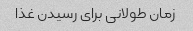
زمان طولانی برای رسیدن غذا